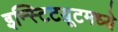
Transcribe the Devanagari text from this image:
इन्स्टिटय़ूटमध्ये